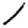
Digit: 1